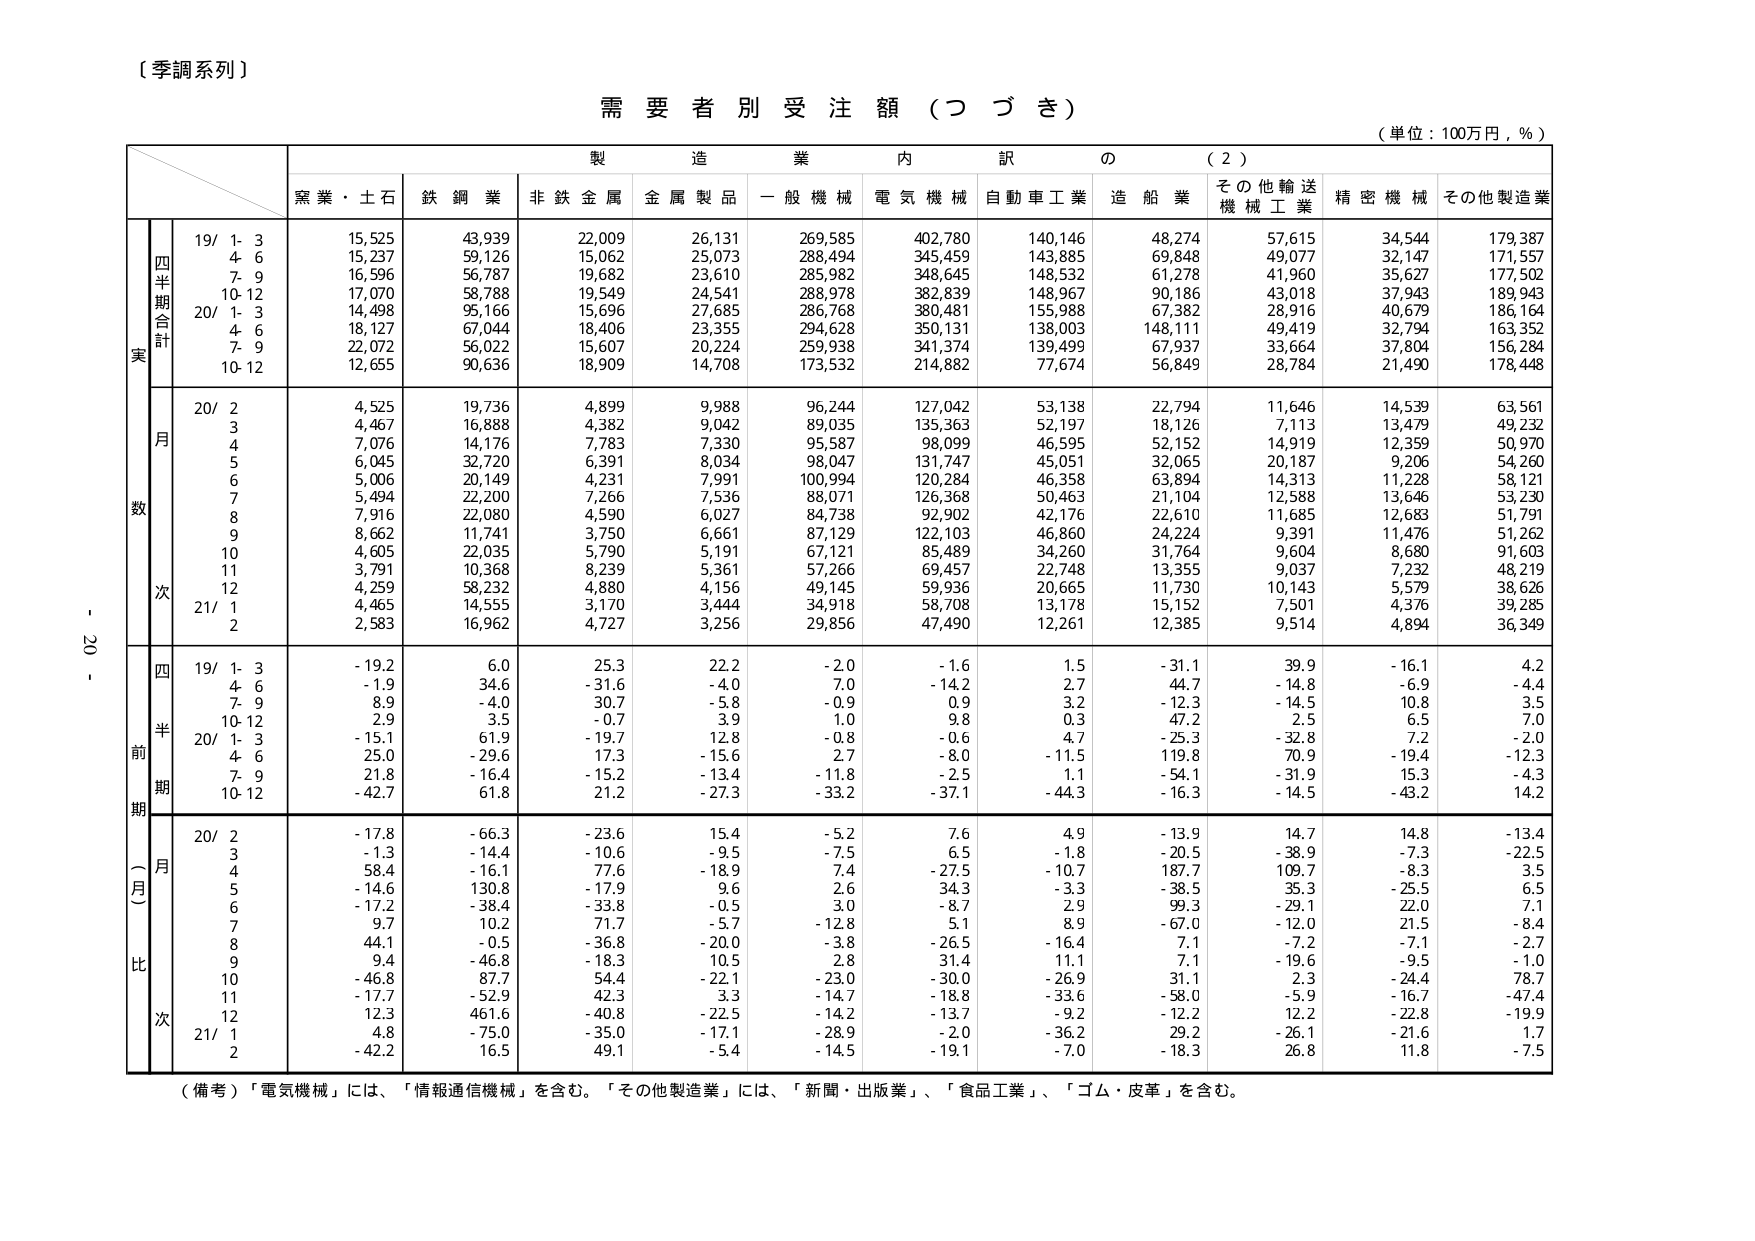
〔季調系列〕

需要者別受注額（つづき）

（単位：100万円，％）

製造業内訳の（2）

窯業・土石　鉄鋼業　非鉄金属　金属製品　一般機械　電気機械　自動車工業　造船業　その他輸送機械工業　精密機械　その他製造業

四半期合計
実数
19/ 1-3　15,525　43,939　22,009　26,131　269,585　402,780　140,146　48,274　57,615　34,544　179,387
　4-6　15,237　59,126　15,062　25,073　288,494　345,459　143,885　69,848　49,077　32,147　171,557
　7-9　16,596　56,787　19,682　23,610　285,982　348,645　148,532　61,278　41,960　35,627　177,502
　10-12　17,070　58,788　19,549　24,541　288,978　382,839　148,967　90,186　43,018　37,943　189,943
20/ 1-3　14,498　95,166　15,696　27,685　286,768　380,481　155,988　67,382　28,916　40,679　186,164
　4-6　18,127　67,044　18,406　23,355　294,628　350,131　138,003　148,111　49,419　32,794　163,352
　7-9　22,072　56,022　15,607　20,224　259,938　341,374　139,499　67,937　33,664　37,804　156,284
　10-12　12,655　90,636　18,909　14,708　173,532　214,882　77,674　56,849　28,784　21,490　178,448

月次
20/ 2　4,525　19,736　4,899　9,988　96,244　127,042　53,138　22,794　11,646　14,539　63,561
　3　4,467　16,888　4,382　9,042　89,035　135,363　52,197　18,126　7,113　13,479　49,232
　4　7,076　14,176　7,783　7,330　95,587　98,099　46,595　52,152　14,919　12,359　50,970
　5　6,045　32,720　6,391　8,034　98,047　131,747　45,051　32,065　20,187　9,206　54,260
　6　5,006　20,149　4,231　7,991　100,994　120,284　46,358　63,894　14,313　11,228　58,121
　7　5,494　22,200　7,266　7,536　88,071　126,368　50,463　21,104　12,588　13,646　53,230
　8　7,916　22,080　4,590　6,027　84,738　92,902　42,176　22,610　11,685　12,683　51,791
　9　8,662　11,741　3,750　6,661　87,129　122,103　46,860　24,224　9,391　11,476　51,262
　10　4,605　22,035　5,790　5,191　67,121　85,489　34,260　31,764　9,604　8,680　91,603
　11　3,791　10,368　8,239　5,361　57,266　69,457　22,748　13,355　9,037　7,232　48,219
　12　4,259　58,232　4,880　4,156　49,145　59,936　20,665　11,730　10,143　5,579　38,626
21/ 1　4,465　14,555　3,170　3,444　34,918　58,708　13,178　15,152　7,501　4,376　39,285
　2　2,583　16,962　4,727　3,256　29,856　47,490　12,261　12,385　9,514　4,894　36,349

四半期前比（月次）
19/ 1-3　-19.2　6.0　25.3　22.2　-2.0　-1.6　1.5　-31.1　39.9　-16.1　4.2
　4-6　-1.9　34.6　-31.6　-4.0　7.0　-14.2　2.7　44.7　-14.8　-6.9　-4.4
　7-9　8.9　-4.0　30.7　-5.8　-0.9　0.9　3.2　-12.3　-14.5　10.8　3.5
　10-12　2.9　3.5　-0.7　3.9　1.0　9.8　0.3　47.2　2.5　6.5　7.0
20/ 1-3　-15.1　61.9　-19.7　12.8　-0.8　-0.6　4.7　-25.3　-32.8　7.2　-2.0
　4-6　25.0　-29.6　17.3　-15.6　2.7　-8.0　-11.5　119.8　70.9　-19.4　-12.3
　7-9　21.8　-16.4　-15.2　-13.4　-11.8　-2.5　1.1　-54.1　-31.9　15.3　-4.3
　10-12　-42.7　61.8　21.2　-27.3　-33.2　-37.1　-44.3　-16.3　-14.5　-43.2　14.2

月比（月次）
20/ 2　-17.8　-66.3　-23.6　15.4　-5.2　7.6　4.9　-13.9　14.7　14.8　-13.4
　3　-1.3　-14.4　-10.6　-9.5　-7.5　6.5　-1.8　-20.5　-38.9　-7.3　-22.5
　4　58.4　-16.1　77.6　-18.9　7.4　-27.5　-10.7　187.7　109.7　-8.3　3.5
　5　-14.6　130.8　-17.9　9.6　2.6　34.3　-3.3　-38.5　35.3　-25.5　6.5
　6　-17.2　-38.4　-33.8　-0.5　3.0　-8.7　2.9　99.3　-29.1　22.0　7.1
　7　9.7　10.2　71.7　-5.7　-12.8　5.1　8.9　-67.0　-12.0　21.5　-8.4
　8　44.1　-0.5　-36.8　-20.0　-3.8　-26.5　-16.4　7.1　-7.2　-7.1　-2.7
　9　9.4　-46.8　-18.3　10.5　2.8　31.4　11.1　7.1　-19.6　-9.5　-1.0
　10　-46.8　87.7　54.4　-22.1　-23.0　-30.0　-26.9　31.1　2.3　-24.4　78.7
　11　-17.7　-52.9　42.3　3.3　-14.7　-18.8　-33.6　-58.0　-5.9　-16.7　-47.4
　12　12.3　461.6　-40.8　-22.5　-14.2　-13.7　-9.2　-12.2　12.2　-22.8　-19.9
21/ 1　4.8　-75.0　-35.0　-17.1　-28.9　-2.0　-36.2　29.2　-26.1　-21.6　1.7
　2　-42.2　16.5　49.1　-5.4　-14.5　-19.1　-7.0　-18.3　26.8　11.8　-7.5

（備考）「電気機械」には、「情報通信機械」を含む。「その他製造業」には、「新聞・出版業」、「食品工業」、「ゴム・皮革」を含む。

- 20 -